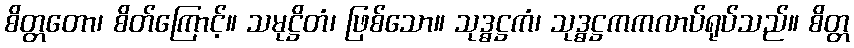
စိတ္တတော၊ စိတ်ကြောင့်။ သမုဋ္ဌိတံ၊ ဖြစ်သော။ သုဒ္ဓဋ္ဌကံ၊ သုဒ္ဓဋ္ဌကကလာပ်ရုပ်သည်။ စိတ္တ